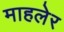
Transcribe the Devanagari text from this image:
माहलेर